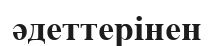
әдеттерінен